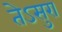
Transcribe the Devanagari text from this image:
तेऽसुरा